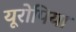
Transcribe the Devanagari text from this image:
यूरोपिया